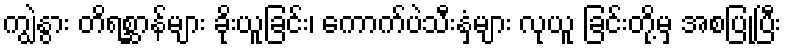
ကျွဲနွား တိရစ္ဆာန်များ ခိုးယူခြင်း၊ ကောက်ပဲသီးနှံများ လုယူ ခြင်းတို့မှ အစပြုပြီး